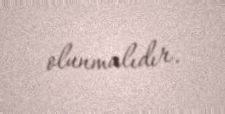
olunmalıdır.